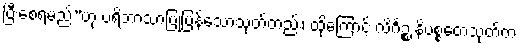
ပြီးစေရမည်”ဟု ပရိဘာသာပြုပြန်သောသုတ်တည်း၊ ထို့ကြောင့် လိင်္ဂဉ္စ နိပစ္စတေသုတ်က